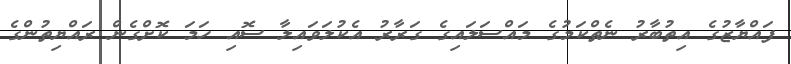
ފައްޔާޒުގެ އިތުބާރު ނެތްކަމުގެ މައްސަލައިގެ ގަރާރު އެކުލަވައިލާ ސޮއި ހަމަ ކޮށްގެން ރައްޔިތުންގެ